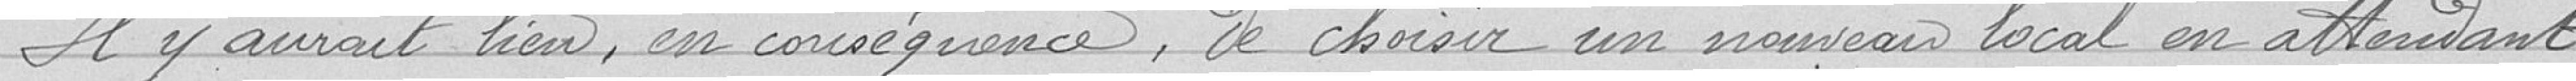
Il y aurai lieu, en conséquence, de choisir un nouveau local en attendant